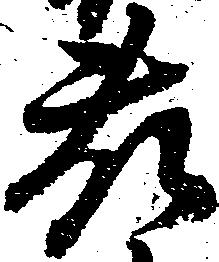
藤